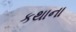
કથાના